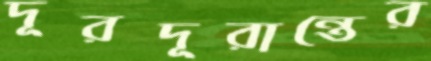
দূরদূরান্তের